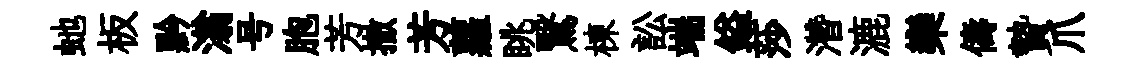
虵板黔滃号胞芳撤芳蘿眺鷖棟訟端鎰莎濳漉欒儔贄爪